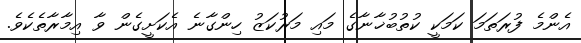
އެންމެ ފުރަތަމަ ކަމަކީ ކުތުބުޚާނާގެ މައި މަރުކަޒު ހިންގާނެ އެކަށީގެން ވާ އިމާރާތެކެވެ.